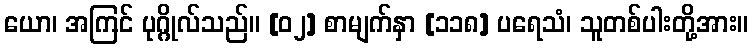
ယော၊ အကြင် ပုဂ္ဂိုလ်သည်။ [၀၂] စာမျက်နှာ [၁၁၈] ပရေသံ၊ သူတစ်ပါးတို့အား။